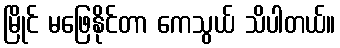
မြိုင် မဖြေနိုင်တာ ကေသွယ် သိပါတယ်။